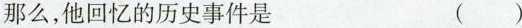
那么，他回忆的历史事件是 ( )